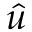
\hat { u }